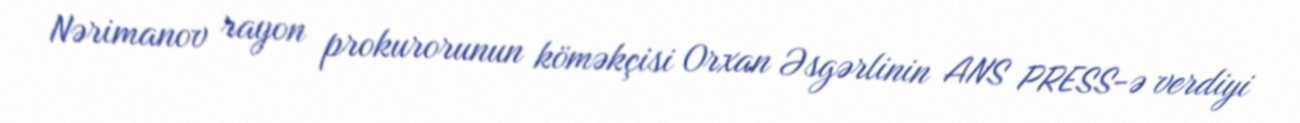
Nərimanov rayon prokurorunun köməkçisi Orxan Əsgərlinin ANS PRESS-ə verdiyi